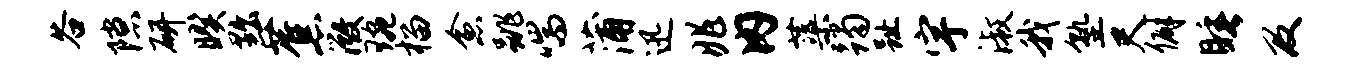
谷隙研暌黜蕉微琬榴愈跳喘蒲迅兆内蕖躅趾宇淑我塾尺僻睡及